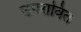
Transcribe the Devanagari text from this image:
उपरावित